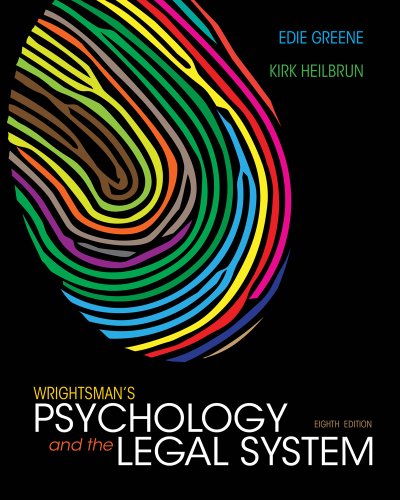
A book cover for Wrightsman's Psychology and the Legal System; Edith Greene; Law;